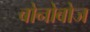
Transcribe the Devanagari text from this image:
बोनोबोज